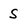
Character: s